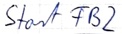
Text: Start FB2